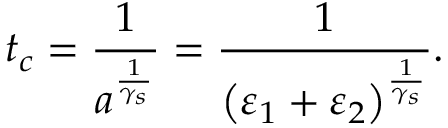
t _ { c } = \frac { 1 } { a ^ { \frac { 1 } { \gamma _ { s } } } } = \frac { 1 } { \big ( \varepsilon _ { 1 } + \varepsilon _ { 2 } \big ) ^ { \frac { 1 } { \gamma _ { s } } } } .